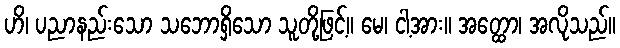
ဟိ၊ ပညာနည်းသော သဘောရှိသော သူတို့ဖြင့်။ မေ၊ ငါ့အား။ အတ္ထော၊ အလိုသည်။